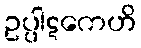
ဥပ္ပါဋကေဟိ